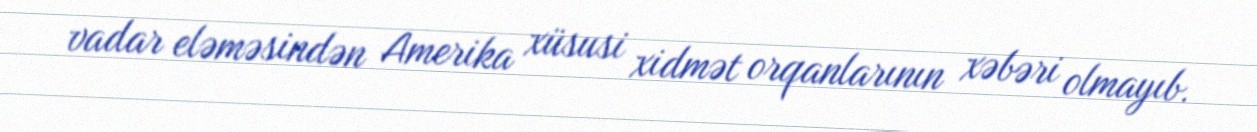
vadar eləməsindən Amerika xüsusi xidmət orqanlarının xəbəri olmayıb.